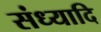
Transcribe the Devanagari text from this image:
संध्यादि